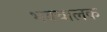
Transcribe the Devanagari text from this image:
भवचालक